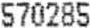
570285